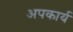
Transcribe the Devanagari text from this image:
अपकार्य